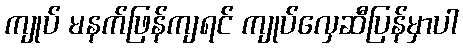
ကျုပ် မနက်ဖြန်ကျရင် ကျုပ်လှေဆီပြန်မှာပါ